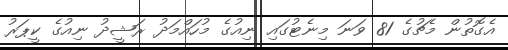
އެގޮތުން މެޗުގެ 81 ވަނަ މިނެޓުގައި ނިއުގެ މުހައްމަދު ރަޝީދު ނިއުގެ ކީޕަރު